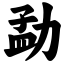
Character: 勐